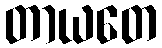
တာယတေ